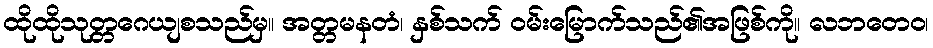
ထိုထိုသုတ္တဂေယျစသည်မှ။ အတ္တမနတံ၊ နှစ်သက် ဝမ်းမြောက်သည်၏အဖြစ်ကို။ လဘတေဝ၊